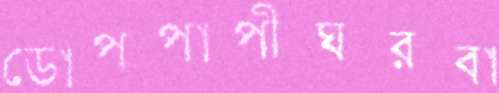
ডোপপাপীঘরবা